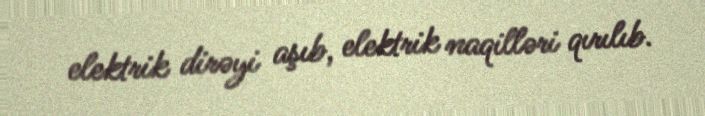
elektrik dirəyi aşıb, elektrik naqilləri qırılıb.